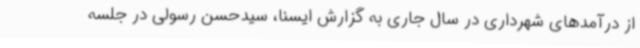
از درآمدهای شهرداری در سال جاری به گزارش ایسنا، سیدحسن رسولی در جلسه